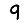
Digit: 9